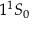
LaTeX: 1 ^ { 1 } S _ { 0 }